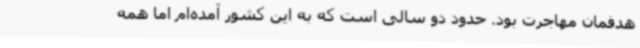
هدفمان مهاجرت بود. حدود دو سالی است که به این کشور آمده‌ام اما همه